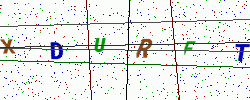
Text: XDURFT